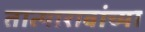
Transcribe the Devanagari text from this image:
तात्यारावांच्या